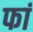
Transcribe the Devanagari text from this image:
फां